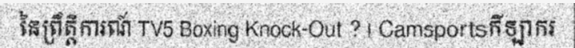
នៃព្រឹត្តិការណ៍ TV5 Boxing Knock-Out ? | Camsportsកីឡាករ